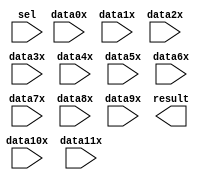
// megafunction wizard: %LPM_MUX%VBB%
// GENERATION: STANDARD
// VERSION: WM1.0
// MODULE: lpm_mux 

// ============================================================
// Megafunction Name(s):
// 			lpm_mux
//
// Simulation Library Files(s):
// 			lpm
// ============================================================
// ************************************************************
// THIS IS A WIZARD-GENERATED FILE. DO NOT EDIT THIS FILE!
//
// 9.1 Build 304 01/25/2010 SP 1 SJ Web Edition
// ************************************************************

//Copyright (C) 1991-2010 Altera Corporation
//Your use of Altera Corporation's design tools, logic functions 
//and other software and tools, and its AMPP partner logic 
//functions, and any output files from any of the foregoing 
//(including device programming or simulation files), and any 
//associated documentation or information are expressly subject 
//to the terms and conditions of the Altera Program License 
//Subscription Agreement, Altera MegaCore Function License 
//Agreement, or other applicable license agreement, including, 
//without limitation, that your use is for the sole purpose of 
//programming logic devices manufactured by Altera and sold by 
//Altera or its authorized distributors.  Please refer to the 
//applicable agreement for further details.

module REG_MUX (
	data0x,
	data10x,
	data11x,
	data1x,
	data2x,
	data3x,
	data4x,
	data5x,
	data6x,
	data7x,
	data8x,
	data9x,
	sel,
	result);

	input	[7:0]  data0x;
	input	[7:0]  data10x;
	input	[7:0]  data11x;
	input	[7:0]  data1x;
	input	[7:0]  data2x;
	input	[7:0]  data3x;
	input	[7:0]  data4x;
	input	[7:0]  data5x;
	input	[7:0]  data6x;
	input	[7:0]  data7x;
	input	[7:0]  data8x;
	input	[7:0]  data9x;
	input	[3:0]  sel;
	output	[7:0]  result;

endmodule

// ============================================================
// CNX file retrieval info
// ============================================================
// Retrieval info: PRIVATE: INTENDED_DEVICE_FAMILY STRING "Cyclone"
// Retrieval info: PRIVATE: SYNTH_WRAPPER_GEN_POSTFIX STRING "0"
// Retrieval info: CONSTANT: LPM_SIZE NUMERIC "12"
// Retrieval info: CONSTANT: LPM_TYPE STRING "LPM_MUX"
// Retrieval info: CONSTANT: LPM_WIDTH NUMERIC "8"
// Retrieval info: CONSTANT: LPM_WIDTHS NUMERIC "4"
// Retrieval info: USED_PORT: data0x 0 0 8 0 INPUT NODEFVAL data0x[7..0]
// Retrieval info: USED_PORT: data10x 0 0 8 0 INPUT NODEFVAL data10x[7..0]
// Retrieval info: USED_PORT: data11x 0 0 8 0 INPUT NODEFVAL data11x[7..0]
// Retrieval info: USED_PORT: data1x 0 0 8 0 INPUT NODEFVAL data1x[7..0]
// Retrieval info: USED_PORT: data2x 0 0 8 0 INPUT NODEFVAL data2x[7..0]
// Retrieval info: USED_PORT: data3x 0 0 8 0 INPUT NODEFVAL data3x[7..0]
// Retrieval info: USED_PORT: data4x 0 0 8 0 INPUT NODEFVAL data4x[7..0]
// Retrieval info: USED_PORT: data5x 0 0 8 0 INPUT NODEFVAL data5x[7..0]
// Retrieval info: USED_PORT: data6x 0 0 8 0 INPUT NODEFVAL data6x[7..0]
// Retrieval info: USED_PORT: data7x 0 0 8 0 INPUT NODEFVAL data7x[7..0]
// Retrieval info: USED_PORT: data8x 0 0 8 0 INPUT NODEFVAL data8x[7..0]
// Retrieval info: USED_PORT: data9x 0 0 8 0 INPUT NODEFVAL data9x[7..0]
// Retrieval info: USED_PORT: result 0 0 8 0 OUTPUT NODEFVAL result[7..0]
// Retrieval info: USED_PORT: sel 0 0 4 0 INPUT NODEFVAL sel[3..0]
// Retrieval info: CONNECT: result 0 0 8 0 @result 0 0 8 0
// Retrieval info: CONNECT: @data 0 0 8 88 data11x 0 0 8 0
// Retrieval info: CONNECT: @data 0 0 8 80 data10x 0 0 8 0
// Retrieval info: CONNECT: @data 0 0 8 72 data9x 0 0 8 0
// Retrieval info: CONNECT: @data 0 0 8 64 data8x 0 0 8 0
// Retrieval info: CONNECT: @data 0 0 8 56 data7x 0 0 8 0
// Retrieval info: CONNECT: @data 0 0 8 48 data6x 0 0 8 0
// Retrieval info: CONNECT: @data 0 0 8 40 data5x 0 0 8 0
// Retrieval info: CONNECT: @data 0 0 8 32 data4x 0 0 8 0
// Retrieval info: CONNECT: @data 0 0 8 24 data3x 0 0 8 0
// Retrieval info: CONNECT: @data 0 0 8 16 data2x 0 0 8 0
// Retrieval info: CONNECT: @data 0 0 8 8 data1x 0 0 8 0
// Retrieval info: CONNECT: @data 0 0 8 0 data0x 0 0 8 0
// Retrieval info: CONNECT: @sel 0 0 4 0 sel 0 0 4 0
// Retrieval info: LIBRARY: lpm lpm.lpm_components.all
// Retrieval info: GEN_FILE: TYPE_NORMAL REG_MUX.v TRUE
// Retrieval info: GEN_FILE: TYPE_NORMAL REG_MUX.inc FALSE
// Retrieval info: GEN_FILE: TYPE_NORMAL REG_MUX.cmp FALSE
// Retrieval info: GEN_FILE: TYPE_NORMAL REG_MUX.bsf TRUE FALSE
// Retrieval info: GEN_FILE: TYPE_NORMAL REG_MUX_inst.v FALSE
// Retrieval info: GEN_FILE: TYPE_NORMAL REG_MUX_bb.v TRUE
// Retrieval info: LIB_FILE: lpm